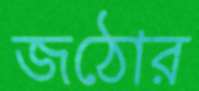
জঠোর